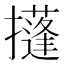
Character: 𢸚